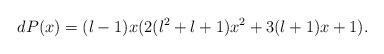
LaTeX: \begin{align*}dP(x)=(l-1)x(2(l^{2}+l+1)x^{2}+3(l+1)x+1).\end{align*}